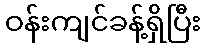
ဝန်းကျင်ခန့်ရှိပြီး